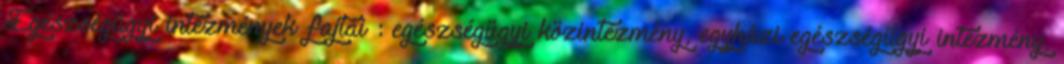
Egészségügyi intézmények fajtái : egészségügyi közintézmény, egyházi egészségügyi intézmény,